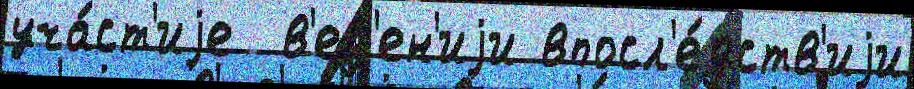
уча́ст'иjе  в'ед'ен'иjи впосл'е́дств'иjи